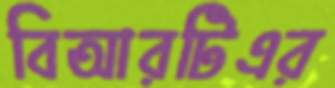
বিআরটিএর